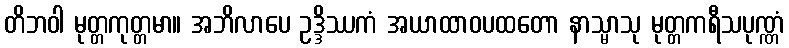
တိဘဝါ မုတ္တကုတ္တမာ။ အဘိလာပေ ဥဒ္ဒိဿကံ အယာထာဝပထတော နာသ္မာသု မုတ္တကရီသပုဏ္ဏံ